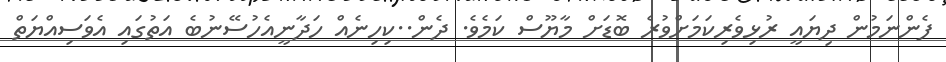
ފެންނަމުން ދިޔައީ ރުޅިވެރިކަމަށްވުރެ ބޮޑަށް މާޔޫސް ކަމެވެ. ދެން..ކިހިނެއް ހަދާނީއެހުސޭނުބެ އަތުގައި އެވަސިއްޔަތް